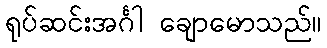
ရုပ်ဆင်းအင်္ဂါ ချောမောသည်။